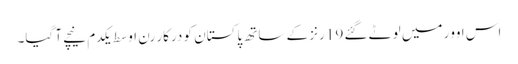
اس اوور میں لوٹے گئے 19 رنز کے ساتھ پاکستان کو درکار رن اوسط یکدم نیچے آ گیا۔